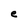
Character: e